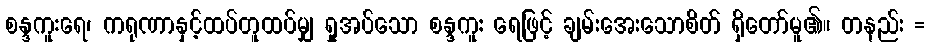
စန္ဒကူးရေ၊ ကရုဏာနှင့်ထပ်တူထပ်မျှ ရှုအပ်သော စန္ဒကူး ရေဖြင့် ချမ်းအေးသောစိတ် ရှိတော်မူ၏။ တနည်း =